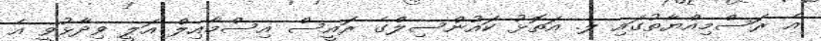
އެ ރަސްމިއްޔާތުގައި ލ. އަތޮޅު ކައުންސިލްގެ ރައީސް އިސްމާއިލް އަލީ ވިދާޅުވީ އެ